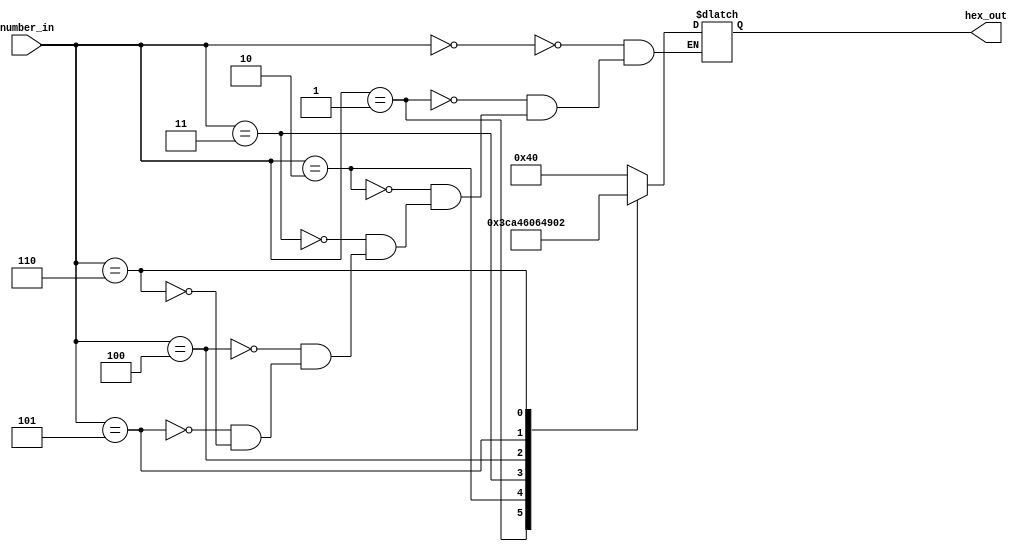
module seven_segment(number_in, hex_out);

	// in/out declaration 
	input wire [2:0] number_in;
	output wire [6:0] hex_out;
	
	// inner reg declaration 
	reg [6:0] hex;
	
	// logic 
	always @(*)
		begin
			case(number_in)			
					3'b000: hex = 7'b1000000;	// number = 0
					3'b001: hex = 7'b1111001;	// number = 1
					3'b010: hex = 7'b0100100;	// number = 2
					3'b011: hex = 7'b0110000;	// number = 3
					3'b100: hex = 7'b0011001;	// number = 4
					3'b101: hex = 7'b0010010;	// number = 5
					3'b110: hex = 7'b0000010;	// number = 6
			
			endcase
		end
	
	assign hex_out = hex;

endmodule